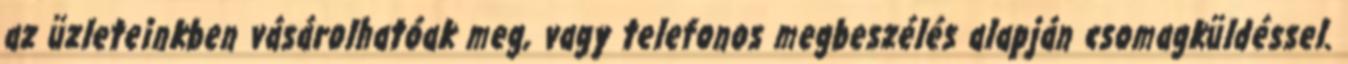
az üzleteinkben vásárolhatóak meg, vagy telefonos megbeszélés alapján csomagküldéssel.